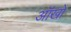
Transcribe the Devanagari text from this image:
ऑखों